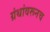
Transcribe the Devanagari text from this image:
ग्रंथांवरूनच